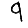
Digit: 9